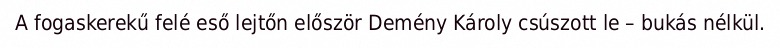
A fogaskerekű felé eső lejtőn először Demény Károly csúszott le – bukás nélkül.